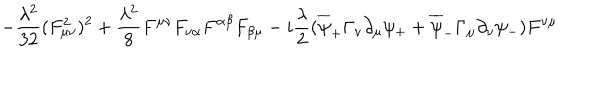
- { \frac { \lambda ^ { 2 } } { 3 2 } } ( F _ { \mu \nu } ^ { 2 } ) ^ { 2 } + { \frac { \lambda ^ { 2 } } { 8 } } F ^ { \mu \nu } F _ { \nu \alpha } F ^ { \alpha \beta } F _ { \beta \mu } - i { \frac { \lambda } { 2 } } ( \overline { { { \psi } } } _ { + } \Gamma _ { \nu } \partial _ { \mu } \psi _ { + } + \overline { { { \psi } } } _ { - } \Gamma _ { \mu } \partial _ { \nu } \psi _ { - } ) F ^ { \nu \mu }